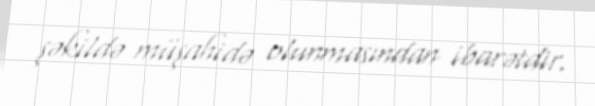
şəkildə müşahidə olunmasından ibarətdir.